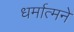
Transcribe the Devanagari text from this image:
धर्मात्मने